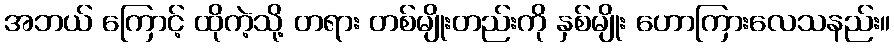
အဘယ် ကြောင့် ထိုကဲ့သို့ တရား တစ်မျိုးတည်းကို နှစ်မျိုး ဟောကြားလေသနည်း။